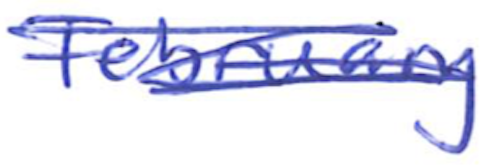
Text: February
Cross-out: scratch
Writing tool: ballpoint